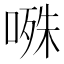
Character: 𭉝